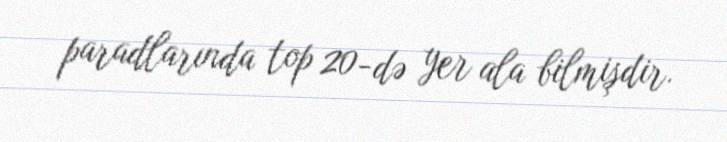
paradlarında top 20-də yer ala bilmişdir.